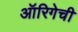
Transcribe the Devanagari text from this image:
ऑरिगेची